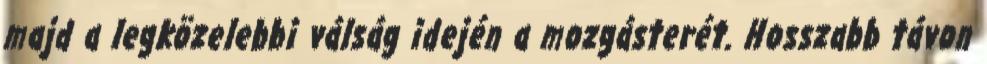
majd a legközelebbi válság idején a mozgásterét. Hosszabb távon